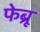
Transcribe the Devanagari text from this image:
फेब्रू